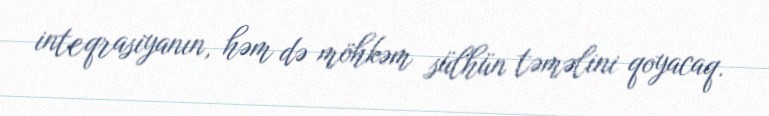
inteqrasiyanın, həm də möhkəm sülhün təməlini qoyacaq.